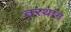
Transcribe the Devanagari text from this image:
तरथांग